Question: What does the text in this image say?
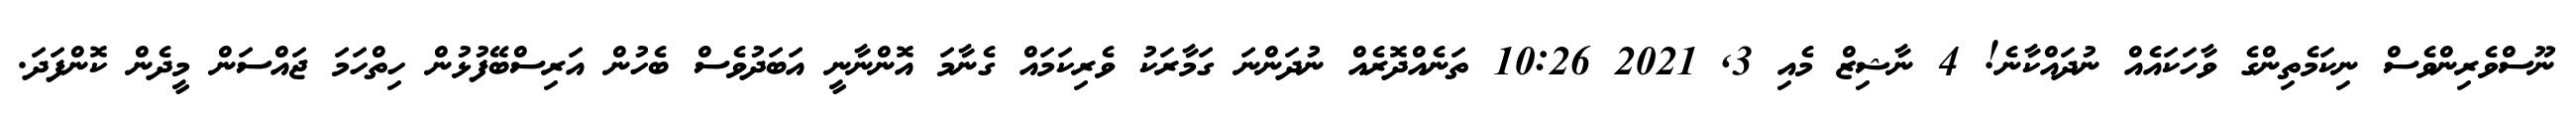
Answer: ނޫސްވެރިންވެސް ނިކަމެތިންގެ ވާހަކައެއް ނުދައްކާނެ! 4 ނާޝިޒް މެއި 3, 2021 10:26 ތަނެއްދޮރެއް ނުދަންނަ ގަމާރަކު ވެރިކަމައް ގެނާމަ އޮންނާނީ އަބަދުވެސް ބެހުން އަރިސްބޭފުޅުން ހިތްހަމަ ޖައްސަން މީދެން ކޮންފަދަ.